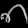
Digit: ၈